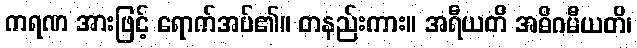
ကရဏ အားဖြင့် ရောက်အပ်၏။ တနည်းကား။ အရီယတိ အဓိဂမီယတိ၊